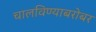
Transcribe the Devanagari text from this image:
चालविण्याबरोबर